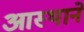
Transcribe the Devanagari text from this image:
आस्थाने